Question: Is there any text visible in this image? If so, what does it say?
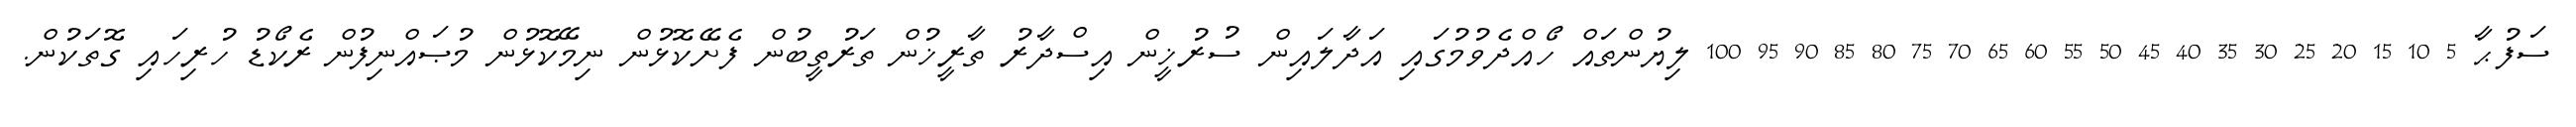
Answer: ސަފުޙާ 5 10 15 20 25 30 35 40 45 50 55 60 65 70 75 80 85 90 95 100 ލިޔުންތައް ހޯއްދެވުމުގައި އަދާލައިން ސުރުޚީން އިސްދާރު ތާރީޚުން ތަރުތީބުން ފެށޭކޮޅުން ނިމޭކޮޅުން މުޞައްނިފުން ރެކޯޑު ހުރިހައި ގޮތަކުން.